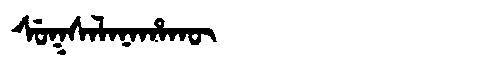
Manchu: ᠰᡠᡴᠰᠠᠯᠠᠨᠠᡥᠠᡴᡡ
Romanization: SUKSALANAHAKŪ